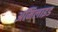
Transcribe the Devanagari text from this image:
अमिलाइड